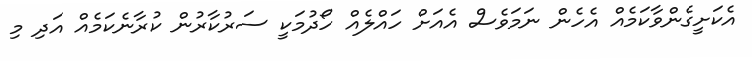
އެކަށީގެންވާކަމެއް އެހެން ނަމަވެސް އެއަށް ހައްލެއް ހޯދުމަކީ ސަރުކާރުން ކުރާނެކަމެއް އަދި މި